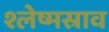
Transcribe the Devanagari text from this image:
श्लेष्मस्राव